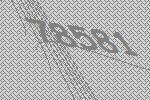
78581